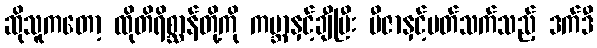
ဆိုသူကတော့ ထိုတိရိစ္ဆာန်တို့ကို ကမ္ဘာနှင့်ချီပြီး ဗီဇာနှင့်ပတ်သက်သည့် ဒက်ဒီ